Civil Veterinary Department Bihar & Orissa reports 1911-21 - 1911-1921
Year: 1911
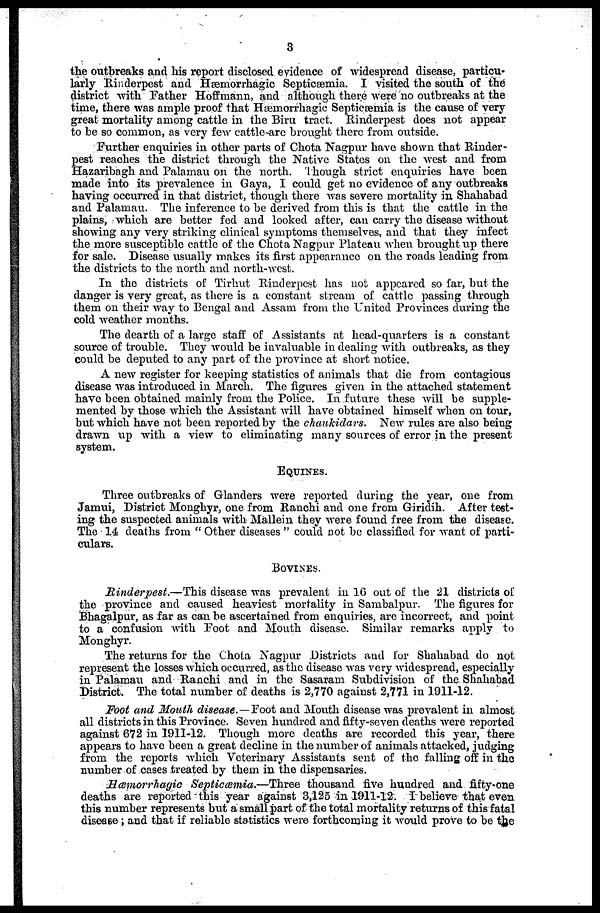
3
the outbreaks and his report disclosed evidence of widespread disease, particu-
larly Rinderpest and Hæmorrhagic Septicæmia. I visited the south of the
district with Father Hoffmann, and although there were no outbreaks at the
time, there was ample proof that Hæmorrhagic Septiæmia is the cause of very
great mortality among cattle in the Biru tract. Rinderpest does not appear
to be so common, as very few cattle-arc brought there from outside.
Further enquiries in other parts of Chota Nagpur have shown that Rinder-
pest reaches the district through the Native States on the west and from
Hazaribagh and Palamau on the north. Though strict enquiries have been
made into its prevalence in Gaya, I could get no evidence of any outbreaks
having occurred in that district, though there was severe mortality in Shahabad
and Palamau. The inference to be derived from this is that the cattle in the
plains, which are better fed and looked after, can carry the disease without
showing any very striking clinical symptoms themselves, and that they infect
the more susceptible cattle of the Chota Nagpur Plateau when brought up there
for sale. Disease usually makes its first appearance on the roads leading from
the districts to the north and north-west.
In the districts of Tirhut Rinderpest has not appeared so far, but the
danger is very great, as there is a constant stream of cattle passing through
them on their way to Bengal and Assam from the United Provinces during the
cold weather months.
The dearth of a large staff of Assistants at head-quarters is a constant
source of trouble. They would be invaluable in dealing with outbreaks, as they
could be deputed to any part of the province at short notice.
A new register for keeping statistics of animals that die from contagious
disease was introduced in March. The figures given in the attached statement
have been obtained mainly from the Police. In future these will be supple-
mented by those which the Assistant will have obtained himself when on tour,
but which have not been reported by the chaukidars. New rules are also being
drawn up with a view to eliminating many sources of error in the present
system.
EQUINES.
Three outbreaks of Glanders were reported during the year, one from
Jamui, District Monghyr, one from Ranchi and one from Giridih. After test-
ing the suspected animals with Mallein they were found free from the disease.
The 14 deaths from " Other diseases " could not be classified for want of parti-
culars.
BOVINES.
Rinderpest.—This disease was prevalent in 1G out of the 21 districts of
the province and caused heaviest mortality in Sambalpur. The figures for
Bhagalpur, as far as can be ascertained from enquiries, arc incorrect, and point
to a confusion with Foot and Mouth disease. Similar remarks apply to
Monghyr.
The returns for the Chota Nagpur Districts and for Shahabad do not
represent the losses which occurred, as the disease was very widespread, especially
in Palamau and Ranchi and in the Sasaram Subdivision of the Shahabad
District. The total number of deaths is 2,770 against 2,771 in 1911-12.
Foot and Mouth disease. — Foot and Mouth disease was prevalent in almost
all districts in this Province. Seven hundred and fifty-seven deaths were reported
against 672 in 1911-12. Though more deaths are recorded this year, there
appears to have been a great decline in the number of animals attacked, judging
from the reports which Veterinary Assistants sent of the falling off in the
number of cases treated by them in the dispensaries.
Hæmorrhagic Septicæmia.—Three thousand five hundred and fifty-one
deaths are reported - this year against 3,125 in 1911-12. I believe that even
this number represents but a small part of the total mortality returns of this fatal
disease; and that if reliable statistics were forthcoming it would prove to be the